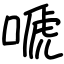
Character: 嗁